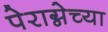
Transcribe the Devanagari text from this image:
पेराग्नेच्या